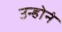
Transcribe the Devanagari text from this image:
उन्होनं